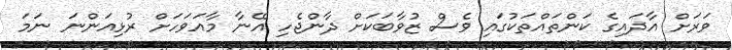
ވަރަށް އާދައިގެ ކަންތައްތަކުގައި ވެސް ޒުވާބަކަށް ދާންޖެހި އޭނާ މާއަވަހަށް ރުޅިއަންނަ ނަމަ